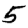
Digit: 5